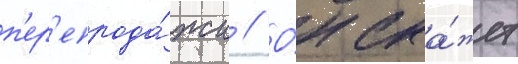
п'ер'епрода́жи // О́н ска́жет